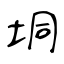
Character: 垌